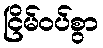
ငြိမ်ဝပ်စွာ